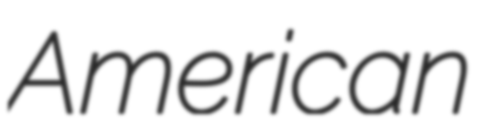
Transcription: American